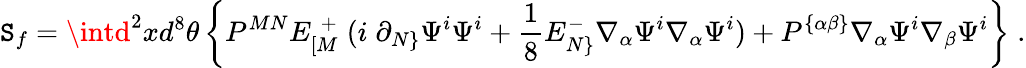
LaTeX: \mathtt{S}_{f}=\intd^{2}xd^{8}\theta\left\{ P^{MN}E_{[M}^{\; +}\; (i\; \partial_{N\} }\Psi^{i}\Psi^{i}+{\frac{{1}}{{8}}}E_{N\} }^{-}\nabla_{\alpha}\Psi^{i}\nabla_{\alpha}\Psi^{i})+P^{\{ \alpha\beta\} }\nabla_{\alpha}\Psi^{i}\nabla_{\beta}\Psi^{i}\right\} \; .